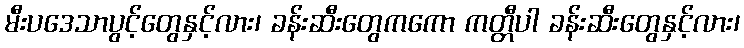
မီးပဒေသာပွင့်တွေနှင့်လား၊ ခန်းဆီးတွေကကော ကတ္တီပါ ခန်းဆီးတွေနှင့်လား၊